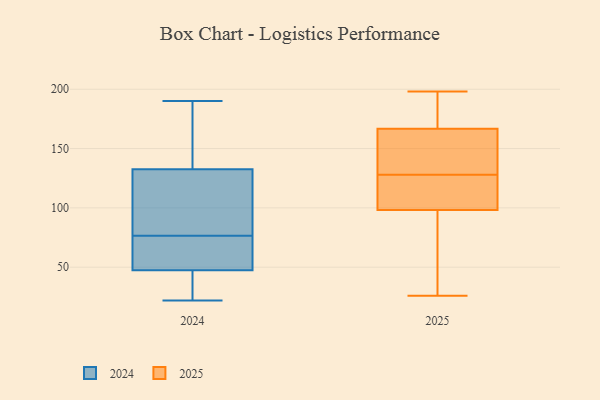
{"axis": {"x": "Satisfaction Score", "y": "Value"}, "legend": ["2024", "2025"], "data": [{"x": "", "y": 80, "type": "2024"}, {"x": "", "y": 118, "type": "2024"}, {"x": "", "y": 37, "type": "2024"}, {"x": "", "y": 62, "type": "2024"}, {"x": "", "y": 110, "type": "2024"}, {"x": "", "y": 73, "type": "2024"}, {"x": "", "y": 190, "type": "2024"}, {"x": "", "y": 72, "type": "2024"}, {"x": "", "y": 122, "type": "2024"}, {"x": "", "y": 22, "type": "2024"}, {"x": "", "y": 71, "type": "2024"}, {"x": "", "y": 41, "type": "2024"}, {"x": "", "y": 167, "type": "2024"}, {"x": "", "y": 171, "type": "2024"}, {"x": "", "y": 49, "type": "2024"}, {"x": "", "y": 46, "type": "2024"}, {"x": "", "y": 97, "type": "2024"}, {"x": "", "y": 160, "type": "2024"}, {"x": "", "y": 143, "type": "2024"}, {"x": "", "y": 38, "type": "2024"}, {"x": "", "y": 26, "type": "2025"}, {"x": "", "y": 161, "type": "2025"}, {"x": "", "y": 135, "type": "2025"}, {"x": "", "y": 99, "type": "2025"}, {"x": "", "y": 184, "type": "2025"}, {"x": "", "y": 71, "type": "2025"}, {"x": "", "y": 189, "type": "2025"}, {"x": "", "y": 197, "type": "2025"}, {"x": "", "y": 116, "type": "2025"}, {"x": "", "y": 107, "type": "2025"}, {"x": "", "y": 99, "type": "2025"}, {"x": "", "y": 142, "type": "2025"}, {"x": "", "y": 133, "type": "2025"}, {"x": "", "y": 128, "type": "2025"}, {"x": "", "y": 96, "type": "2025"}, {"x": "", "y": 198, "type": "2025"}, {"x": "", "y": 27, "type": "2025"}]}